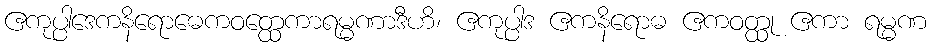
ဧကုပ္ပါဒေကနိရောဓေကဝတ္ထေကာရမ္မဏာဒီဟိ၊ ဧကုပ္ပါဒ ဧကနိရောဓ ဧကဝတ္ထု ဧကာ ရမ္မဏ